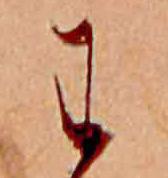
わ